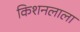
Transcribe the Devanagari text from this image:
किशनलाला